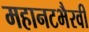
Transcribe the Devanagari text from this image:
महानटभैरवी